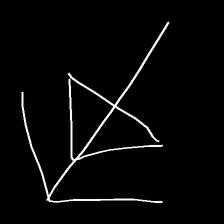
Glyph: pull